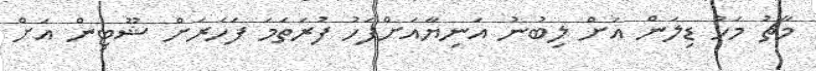
މާޗު މަހު ޑިލަން އަށް ލިބުނު އަނިޔާއަށްފަހު ފުރަތަމަ ފަހަރަށް ޝޫޓިން އަށް